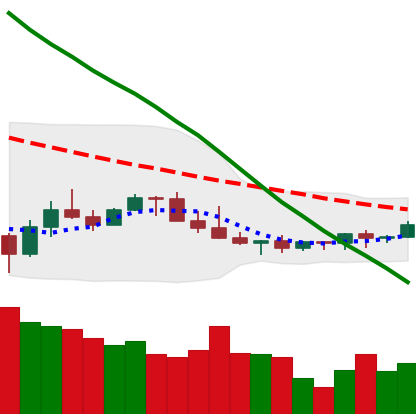
Ticker: LINK-USD
Chart end date: 2022-07-07
Forward return: -10.132%
Label: down_7plus